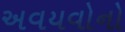
અવયવોનો